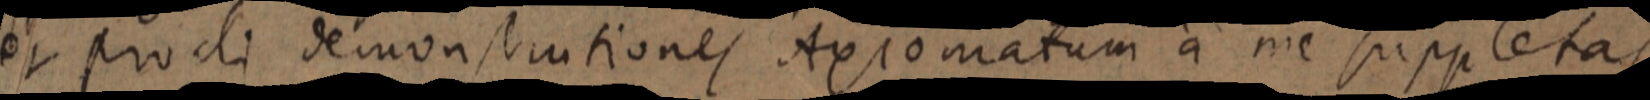
et procli demonstrationes Axiomatum a me suppletas